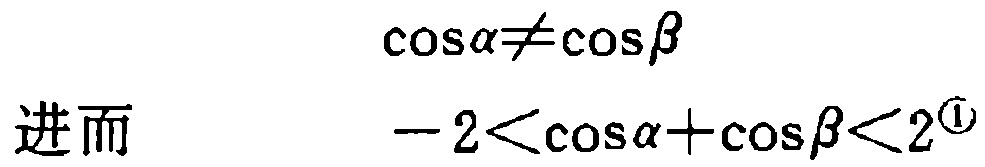
\[\cos\alpha\neq\cos\beta\]
进而
\[ - 2<\cos\alpha+\cos\beta<2^{\textcircled{1}}\]